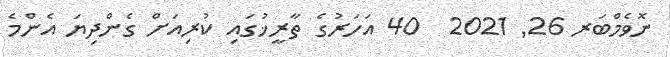
ނޮވެމްބަރ 26